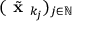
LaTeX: ( { \tilde { \textbf { x } } } _ { k _ { j } } ) _ { j \in \mathbb { N } }